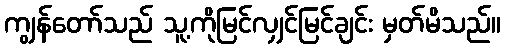
ကျွန်တော်သည် သူ့ကိုမြင်လျှင်မြင်ချင်း မှတ်မိသည်။